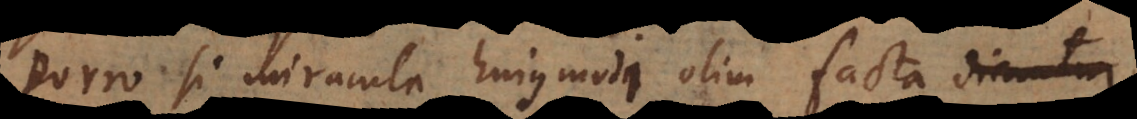
Porro si miracula hujusmodi olim facta dicuntur